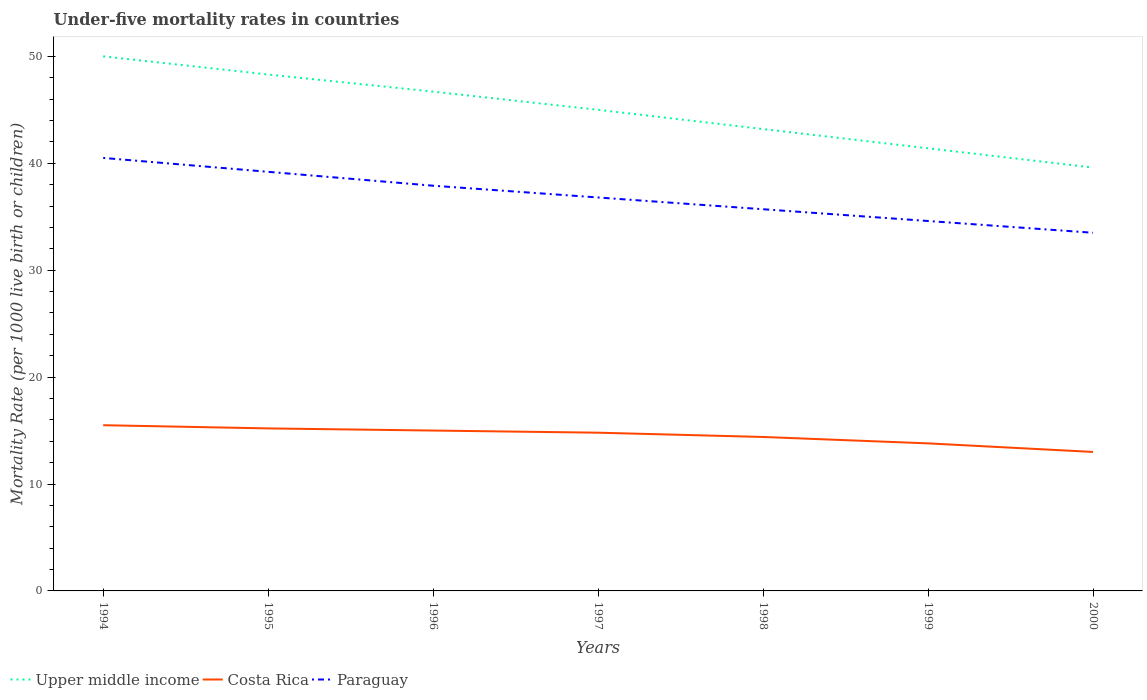
| Years | Upper middle income | Costa Rica | Paraguay |
 | --- | --- | --- | --- |
 | 1994 | 50 | 15.5 | 40.5 |
 | 1995 | 48.3 | 15.2 | 39.2 |
 | 1996 | 46.7 | 15 | 37.9 |
 | 1997 | 45 | 14.8 | 36.8 |
 | 1998 | 43.2 | 14.4 | 35.7 |
 | 1999 | 41.4 | 13.8 | 34.6 |
 | 2000 | 39.6 | 13 | 33.5 |